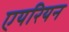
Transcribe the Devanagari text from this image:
एयरियन